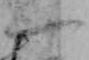
一